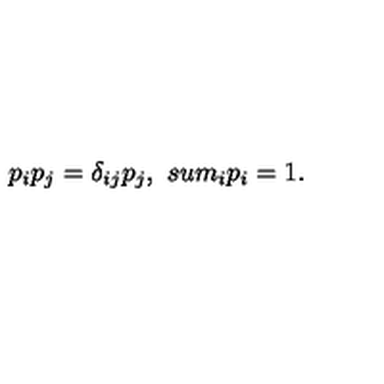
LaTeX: p _ { i } p _ { j } = \delta _ { i j } p _ { j } , \ s u m _ { i } p _ { i } = 1 .